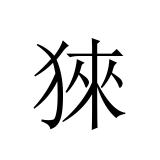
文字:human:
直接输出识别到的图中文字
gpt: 猍